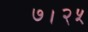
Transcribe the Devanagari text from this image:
७।२५